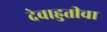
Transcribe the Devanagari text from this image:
देवाहुतीचा